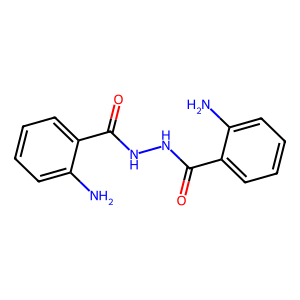
SMILES: Nc1ccccc1C(=O)NNC(=O)c1ccccc1N
Inhibits HIV replication: No